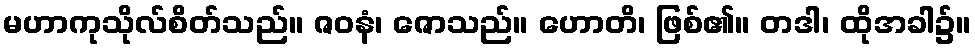
မဟာကုသိုလ်စိတ်သည်။ ဇဝနံ၊ ဇောသည်။ ဟောတိ၊ ဖြစ်၏။ တဒါ၊ ထိုအခါ၌။